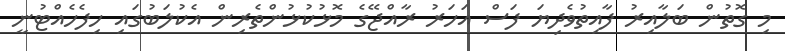
މި ގޮތުން ބަލާއިރު ފާއިތުވެދިޔަ ފަސް އަހަރު ރާއްޖޭގެ މޮޅުކުޅުންތެރިން އެކުލަބުގައި ހިފެހެއްޓުނީ